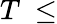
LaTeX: T\ \leq